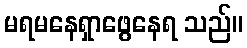
မရမနေရှာဖွေနေရ သည်။